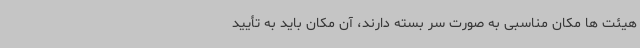
هیئت ها مکان مناسبی به صورت سر بسته دارند، آن مکان باید به تأیید